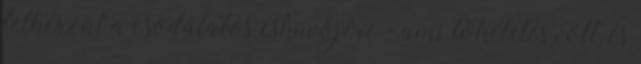
felkészül a csodálatos esküvőjére - ami tökéletes volt, és